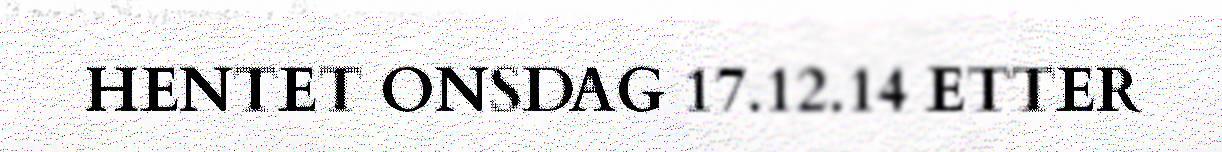
HENTET ONSDAG 17.12.14 ETTER